Lunatic asylums Punjab 1868-1880 - 1868-1880
Year: 1868
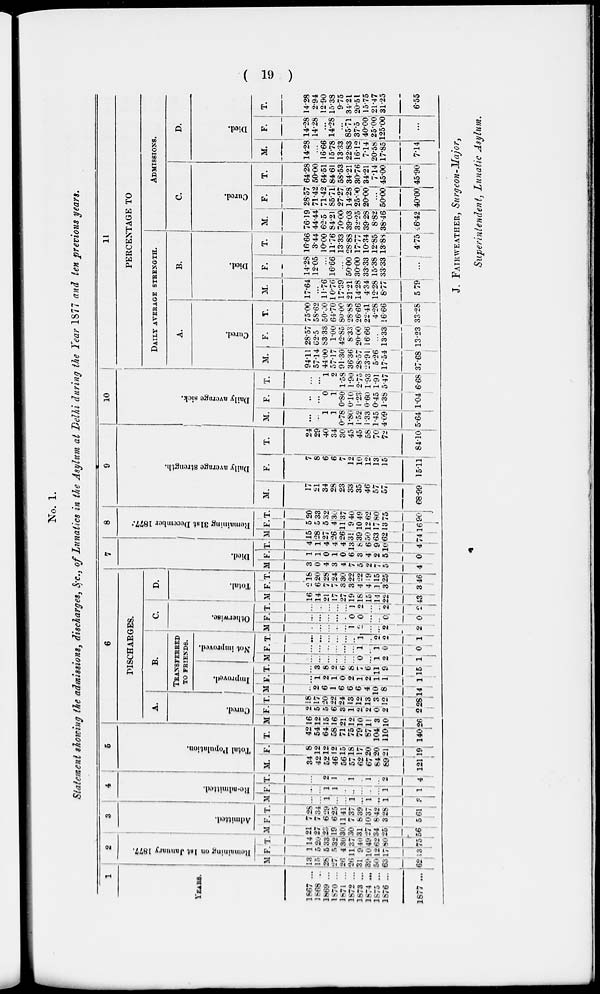
( 19 )
No. 1.
Statement showing the admissions, discharges, &c., of Lunatics in the Asylum at Delhi during the Year 1877 and ten previous years.
1
YEARS.
1867 ...
1868 ...
1869 ...
1870 ...
1871 ...
1872 ...
1873 ...
1874 ...
1875 ...
1876 ...
1877 ...
2
Remaining on 1st January 1877.
M.
13
15
28
27
26
26
31
39
50
63
62
F.
1
5
5
5
4
11
9
10
12
17
13
T.
14
20
33
32
30
37
40
49
62
80
75
3
Admitted.
M.
21
27
23
19
30
30
31
27
34
25
56
F.
7
7
6
6
11
7
8
10
8
3
5
T.
28
34
29
25
41
37
39
37
42
28
61
4
Re-admitted.
M.
...
...
1
...
...
1
...
1
..
1
3
F.
...
...
1
1
...
...
...
...
...
1
1
T.
...
2
1
1
...
1
...
2
4
5
Total Population.
M.
34
42
52
46
56
57
62
67
84
89
121
F.
8
12
12
12
15
18
17
20
20
21
19
T.
42
54
64
58
71
75
79
87
104
110
140
6
DISCHARGES.
A.
Cured.
M.
16
12
15
16
21
12
10
11
3
10
26
F.
2
5
5
6
3
1
2
2
0
2
2
T.
18
17
20
22
24
13
12
13
3
12
28
B.
TRANSFERRED
TO FRIENDS.
Improved.
M.
2
6
1
6
6
6
4
10
8
14
F.
...
1
2
1
0
2
1
2
1
1
1
T.
...
3
8
2
6
8
7
6
11
9
15
Not improved.
M.
...
...
...
...
...
...
0
...
1
2
1
F.
...
...
...
...
...
...
1
...
1
0
0
T.
...
...
...
...
...
...
1
...
2
2
1
C.
Otherwise.
M.
...
...
...
...
...
1
2
...
...
2
2
F.
...
...
...
...
...
0
0
...
...
0
0
T.
...
...
...
...
1
2
...
2
2
D.
Total.
M.
16
14
21
17
27
19
18
15
14
22
43
F.
2
6
7
7
3
3
4
4
1
3
3
T.
18
20
28
24
30
22
22
9
15
25
46
7
Died.
M.
3
0
4
3
4
7
5
2
7
5
4
F.
1
1
0
1
0
6
3
4
9
5
0
T.
4
1
4
4
4
13
8
6
9
10
4
8
Remaining 31st December 1877.
M.
15
28
27
26
26
31
9
50
63
2
74
F.
5
5
5
4
11
9
10
12
17
13
16
T.
20
33
32
30
37
40
49
62
80
75
90
9
Daily average strength.
M.
17
21
34
28
23
33
35
46
57
57
68.99
F.
7
8
6
6
7
12
10
12
13
15
15.11
T.
24
29
40
34
30
45
45
58
70
72
84.10
10
Daily average sick.
M.
...
...
1
1
0.78
1.80
1.52
1.33
1.45
4.09
5.64
F.
...
...
0
1
0.80
0.10
1.23
0.60
0.45
1.38
1.04
T.
...
...
1
2
1.58
1.90
2.75
1.93
1.91
5.47
6.68
11
PERCENTAGE TO
DAILY AVERAGE STRENGTH.
A.
Cured.
M.
94.11
57.14
44.00
57.17
91.30
36.36
28.57
23.91
5.26
17.54
37.68
F.
28.57
62.5
83.33
1.00
42.85
8.33
20.00
16.66
...
13.33
13.23
T.
75.00
58.62
50.00
64.70
80.00
28.88
26.66
22.41
4.28
16.66
33.28
B.
Died.
M.
17.64
...
11.76
10.76
17.39
21.21
14.28
4.34
12.28
8.77
5.79
F.
14.28
12.05
...
16.66
...
50.00
30.00
33.33
15.38
33.33
...
T.
16.66
3.44
10.00
11.76
13.33
28.88
17.77
10.34
12.85
13.88
4.75
ADMISSIONS.
C.
Cured.
M.
76.19
44.44
62.5
84.21
70.00
39.03
32.25
39.28
8.82
38.46
46.42
F.
28.57
71.42
71.42
85.71
27.27
14.28
25.90
20.00
...
50.00
40.00
T.
64.28
50.00
64.51
84.61
58.53
34.21
30.76
34.21
7.14
45.00
45.90
D.
Died.
M.
14.28
...
16.66
15.78
13.33
22.83
16.12
7.14
20.58
17.85
7.14
F.
14.28
114.28
...
14.28
...
85.71
37.5
40.00
25.00
125.00
...
T.
14.28
2.94
12.90
15.38
9.75
34.21
20.51
15.75
21.47
31.25
6.55
J. FAIRWEATHER, Surgeon.Major,
Superintendent, Lunatic Asylum.